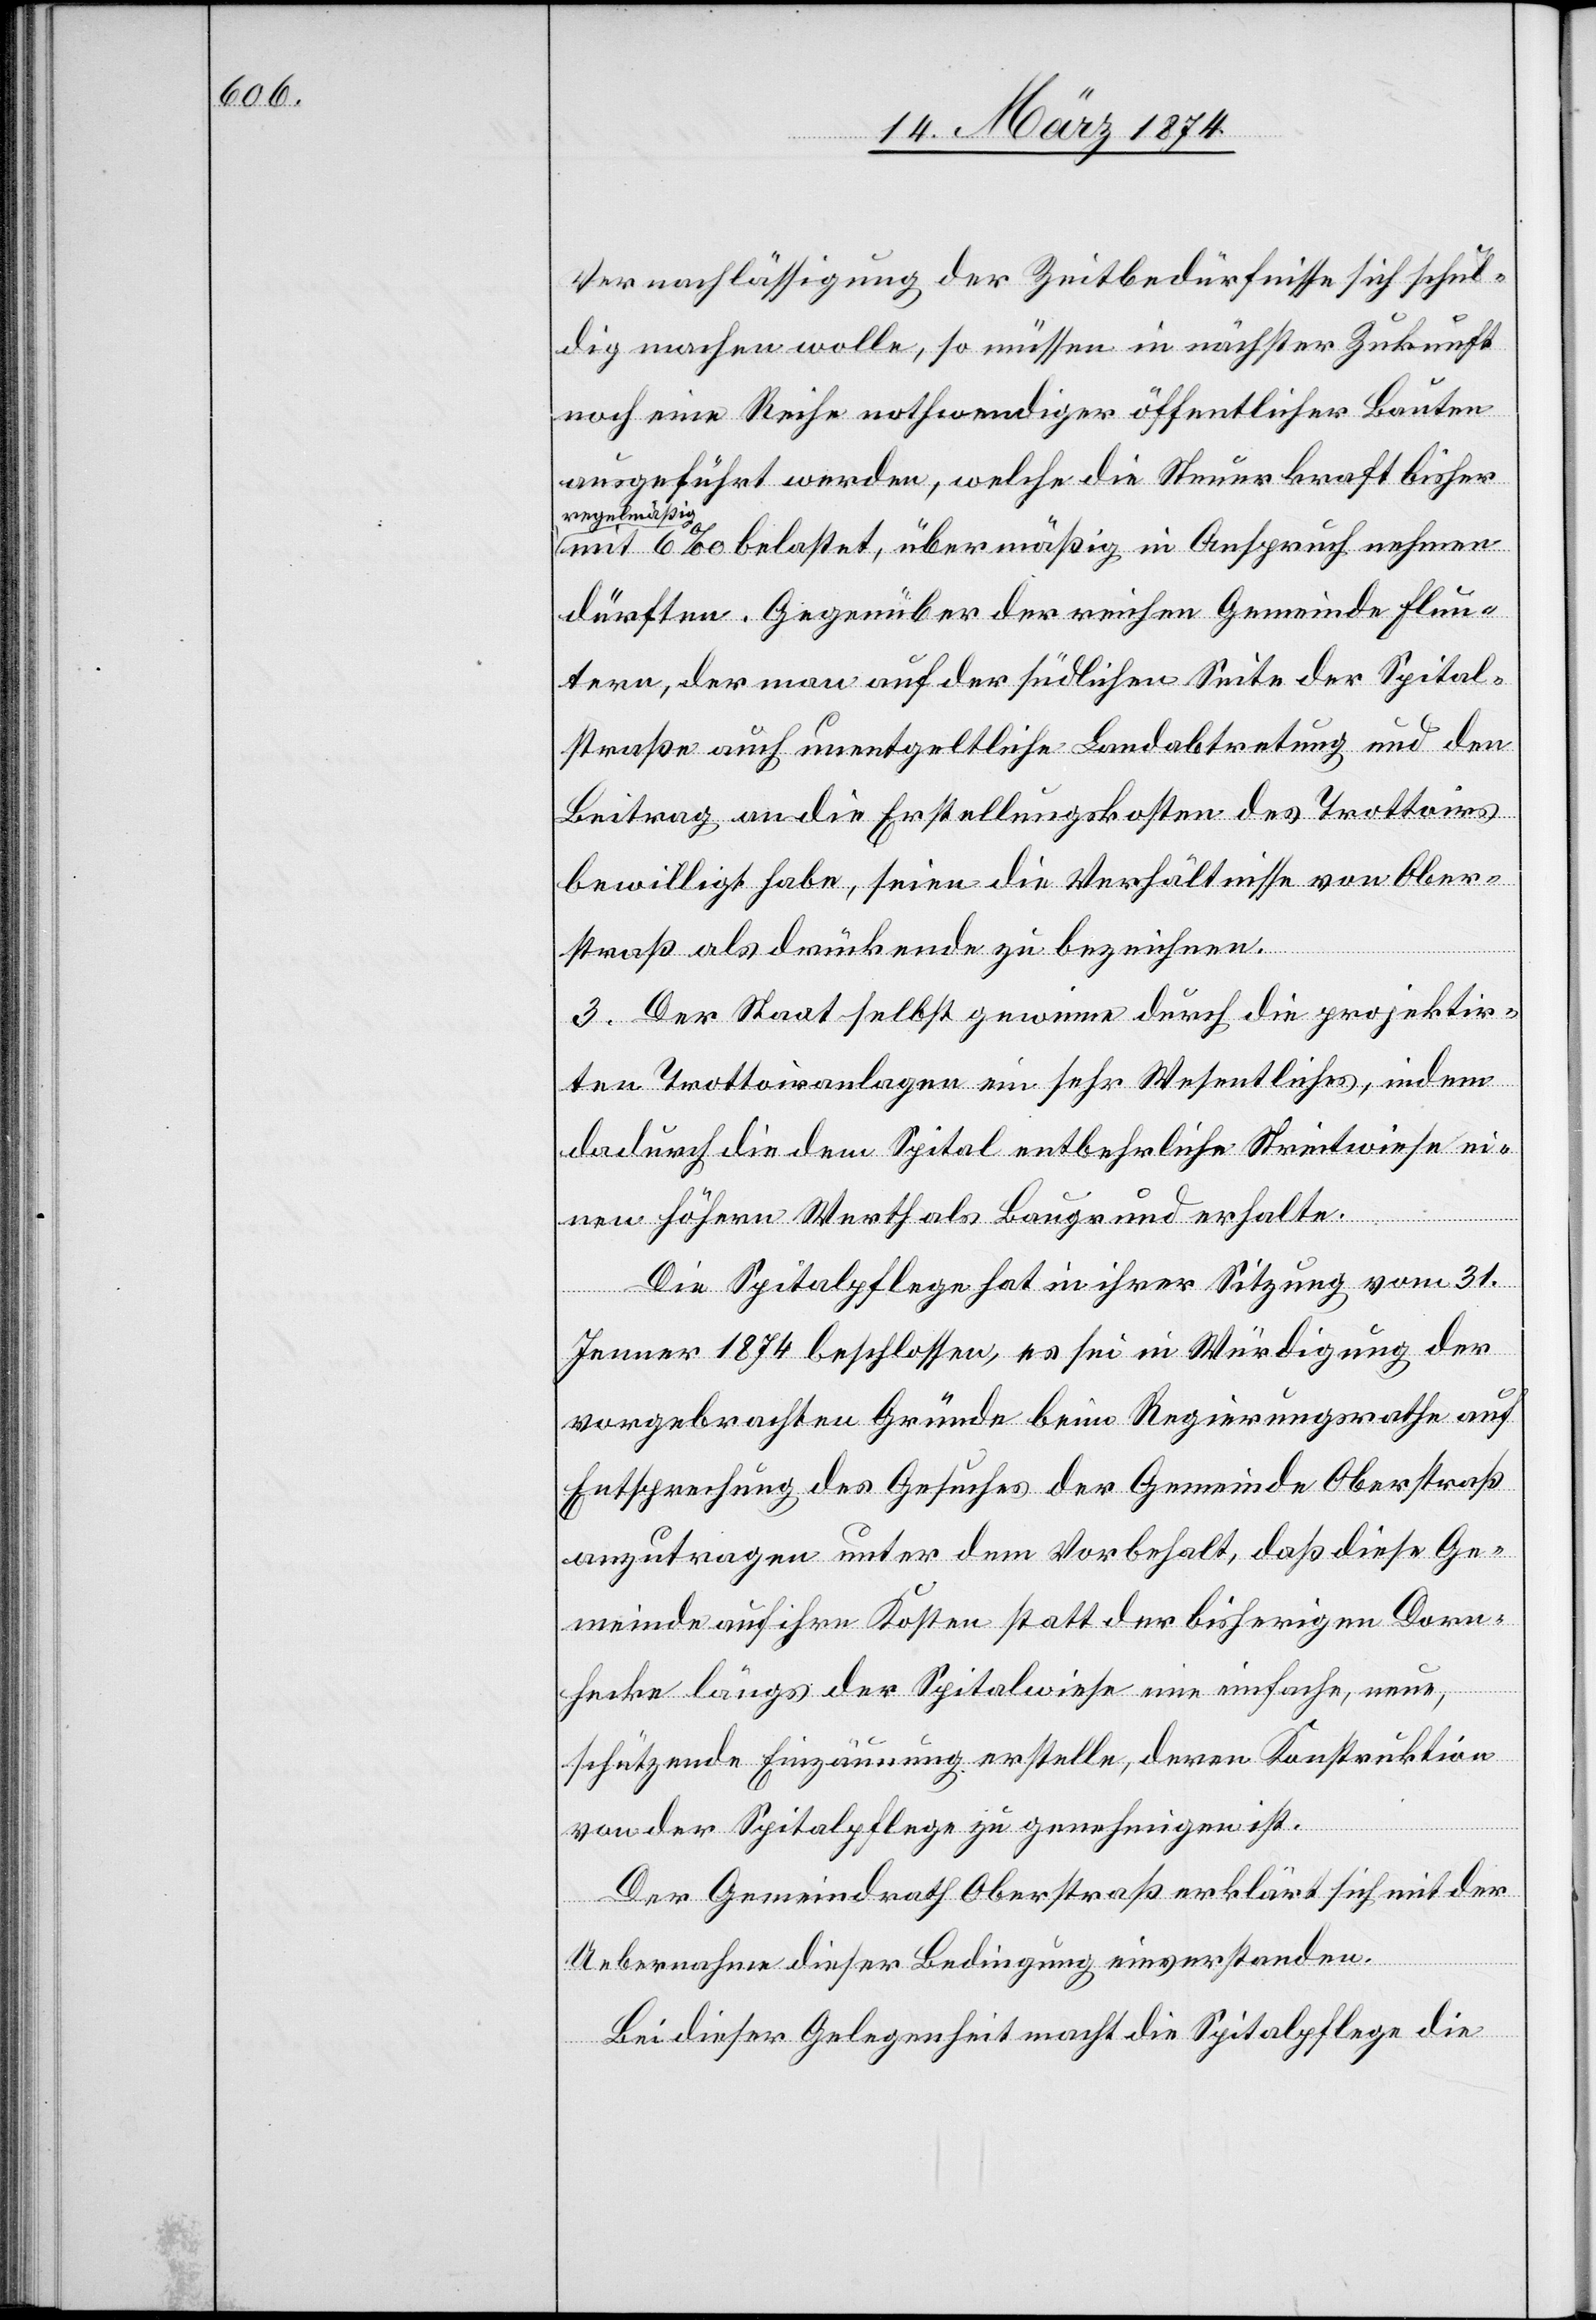
Vernachlässigung der Zeitbedürfnisse sich schul¬
dig machen wolle, so müssen in nächster Zukunft
noch eine Reihe nothwendiger öffentlicher Bauten
ausgeführt werden, welche die Steuerkraft bisher
a-regelmäßig-a
mit 6‰ belastet, übermäßig in Anspruch nehmen
dürften. Gegenüber der reichen Gemeinde Flun¬
tern, der man auf der südlichen Seite der Spital¬
straße auch unentgeltliche Landabtretung und den
Beitrag an die Erstellungskosten des Trottoirs
bewilligt habe, seien die Verhältnisse von Ober¬
straß als drückende zu bezeichnen.
3. Der Staat selbst gewinne durch die projektir¬
ten Trottoiranlagen ein sehr Wesentliches, indem
dadurch die dem Spital entbehrliche Streitwiese ei¬
nen höhern Werth als Baugrund erhalte.
Die Spitalpflege hat in ihrer Sitzung vom 31.
Jenner 1874 beschlossen, es sei in Würdigung der
vorgebrachten Gründe beim Regierungsrathe auf
Entsprechung des Gesuches der Gemeinde Oberstraß
anzutragen unter dem Vorbehalt, daß diese Ge¬
meinde auf ihre Kosten statt der bisherigen Dorn¬
hecke längs der Spitalwiese eine einfache, neue,
schützende Einzäunung erstelle, deren Konstruktion
von der Spitalpflege zu genehmigen ist.
Der Gemeindrath Oberstraß erklärt sich mit der
Uebernahme dieser Bedingung einverstanden.
Bei dieser Gelegenheit macht die Spitalpflege die